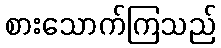
စားသောက်ကြသည်